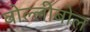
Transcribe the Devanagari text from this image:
वोल्लीबोल